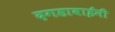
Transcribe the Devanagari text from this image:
दगडाबाईनी